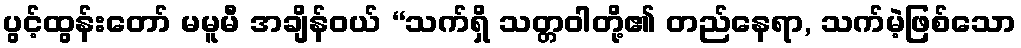
ပွင့်ထွန်းတော် မမူမီ အချိန်ဝယ် “သက်ရှိ သတ္တဝါတို့၏ တည်နေရာ, သက်မဲ့ဖြစ်သော